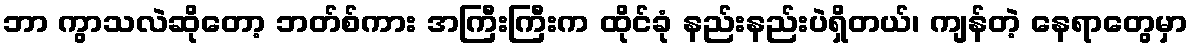
ဘာ ကွာသလဲဆိုတော့ ဘတ်စ်ကား အကြီးကြီးက ထိုင်ခုံ နည်းနည်းပဲရှိတယ်၊ ကျန်တဲ့ နေရာတွေမှာ